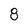
Character: 8